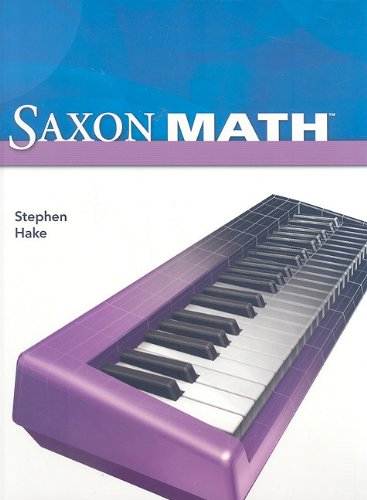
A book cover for Saxon Math, Intermediate 4 (Student Edition); Stephen Hake; Education & Teaching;